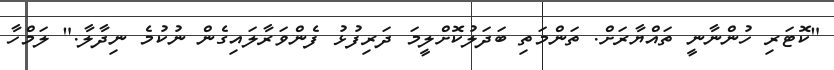
"ކޮޓަރި ހުންނާނީ ތައްޔާރަށް. ތަންމަތި ބަދަލުކޮށްލީމަ ދަރިފުޅު ފެންވަރާލައިގެން ނުކުމެ ނިދާލާ." ލަމްހާ